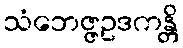
သံဘေဇ္ဇဥဒကန္တိ